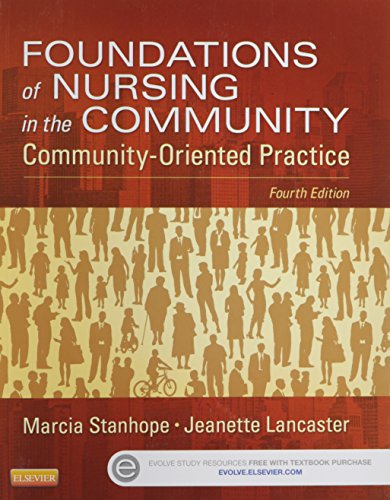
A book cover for Foundations of Nursing in the Community: Community-Oriented Practice, 4e; Marcia Stanhope; Medical Books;